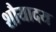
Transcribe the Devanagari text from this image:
शौयादय